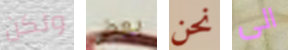
ولكن بعض نحن الى